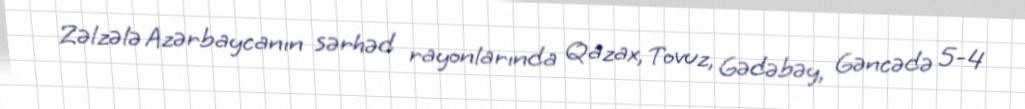
Zəlzələ Azərbaycanın sərhəd rayonlarında Qazax, Tovuz, Gədəbəy, Gəncədə 5-4